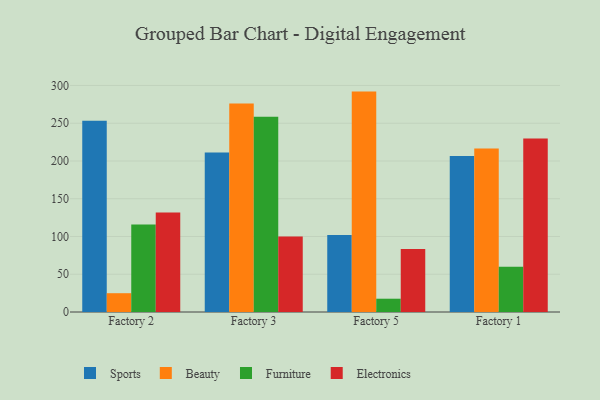
{"axis": {"x": "Factory", "y": "Backlog"}, "legend": ["Beauty", "Electronics", "Furniture", "Sports"], "data": [{"x": "Factory 2", "y": 253.4, "type": "Sports"}, {"x": "Factory 2", "y": 24.9, "type": "Beauty"}, {"x": "Factory 2", "y": 115.9, "type": "Furniture"}, {"x": "Factory 2", "y": 131.9, "type": "Electronics"}, {"x": "Factory 3", "y": 211.1, "type": "Sports"}, {"x": "Factory 3", "y": 276.3, "type": "Beauty"}, {"x": "Factory 3", "y": 258.5, "type": "Furniture"}, {"x": "Factory 3", "y": 100.1, "type": "Electronics"}, {"x": "Factory 5", "y": 101.9, "type": "Sports"}, {"x": "Factory 5", "y": 291.9, "type": "Beauty"}, {"x": "Factory 5", "y": 17.6, "type": "Furniture"}, {"x": "Factory 5", "y": 83.6, "type": "Electronics"}, {"x": "Factory 1", "y": 206.5, "type": "Sports"}, {"x": "Factory 1", "y": 216.7, "type": "Beauty"}, {"x": "Factory 1", "y": 60.0, "type": "Furniture"}, {"x": "Factory 1", "y": 229.9, "type": "Electronics"}]}